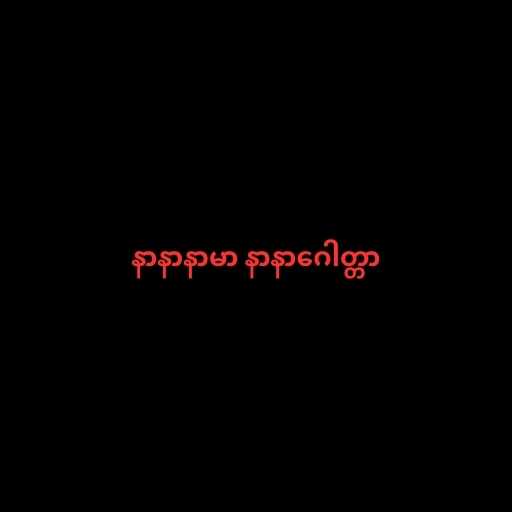
နာနာနာမာ နာနာဂေါတ္တာ